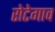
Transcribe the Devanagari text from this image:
रोटेगाव